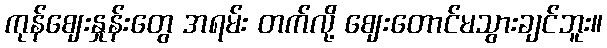
ကုန်ဈေးနှုန်းတွေ အရမ်း တက်လို့ ဈေးတောင်မသွားချင်ဘူး။